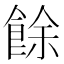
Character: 餘